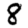
Digit: 8